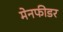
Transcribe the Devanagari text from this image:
मेनफीडर